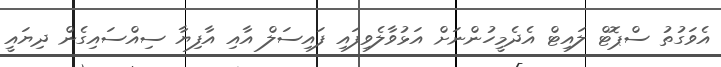
އެވަގުތު ސްޕޮޓް ލައިޓް އެދެމީހުންނަށް އަޅުވާލެވިފައި ފައިސަލް އާއި އާފިޔާ ސިއްސައިގެން ދިޔައީ